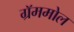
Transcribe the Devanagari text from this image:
ग्रॅममोल